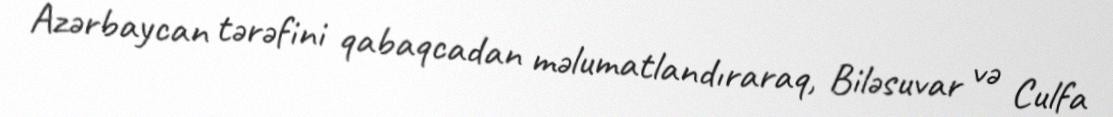
Azərbaycan tərəfini qabaqcadan məlumatlandıraraq, Biləsuvar və Culfa